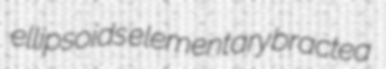
ellipsoids elementary bractea